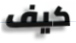
كيف